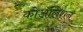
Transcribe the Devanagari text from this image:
कोॲलिशन